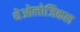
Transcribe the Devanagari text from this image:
थेओलोजिकल